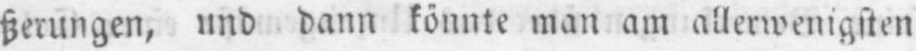
ßerungen, und dann könnte man am allerwenigsten